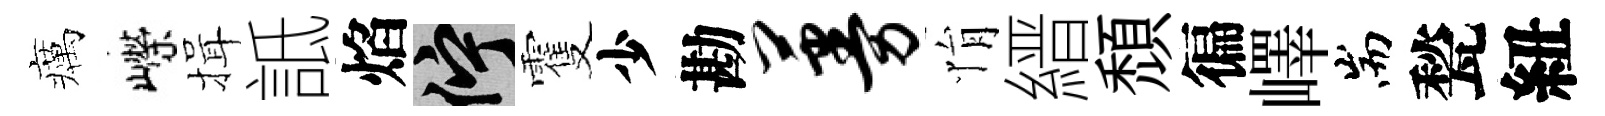
癘嶸揖詆焰伫䨥少勘蔓悁縉頹徧嶧耑甃紐